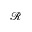
\mathcal R